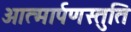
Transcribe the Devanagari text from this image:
आत्मार्पणस्तुति